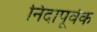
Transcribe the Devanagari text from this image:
निदापूर्वक